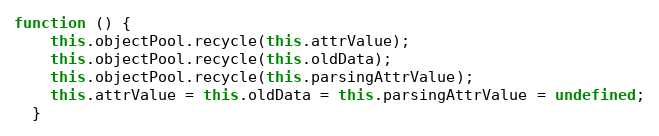
Language: JavaScript
function () {
    this.objectPool.recycle(this.attrValue);
    this.objectPool.recycle(this.oldData);
    this.objectPool.recycle(this.parsingAttrValue);
    this.attrValue = this.oldData = this.parsingAttrValue = undefined;
  }